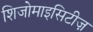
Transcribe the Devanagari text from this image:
शिजोमाइसिटीज़